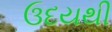
ઉદયથી